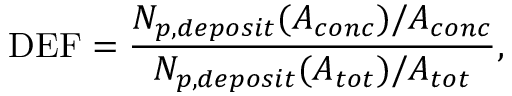
\mathrm { D E F } = \frac { N _ { p , d e p o s i t } ( A _ { c o n c } ) / A _ { c o n c } } { N _ { p , d e p o s i t } ( A _ { t o t } ) / A _ { t o t } } ,